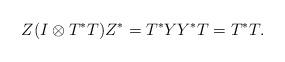
LaTeX: \begin{align*}Z (I \otimes T^* T) Z^* = T^* Y Y^* T = T^* T.\end{align*}